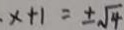
x + 1 = \pm \sqrt { 4 }